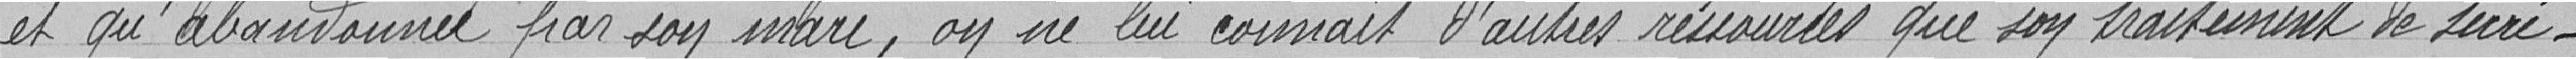
et qu'abandonnée par son mari, on ne lui connait d'autres ressources que son traitement de secré-